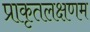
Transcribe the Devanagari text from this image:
प्राकृतलक्षणम